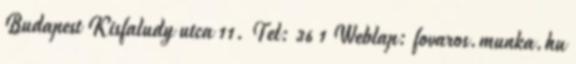
Budapest Kisfaludy utca 11. Tel: 36 1 Weblap: fovaros.munka.hu